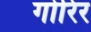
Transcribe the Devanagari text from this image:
गोरिर